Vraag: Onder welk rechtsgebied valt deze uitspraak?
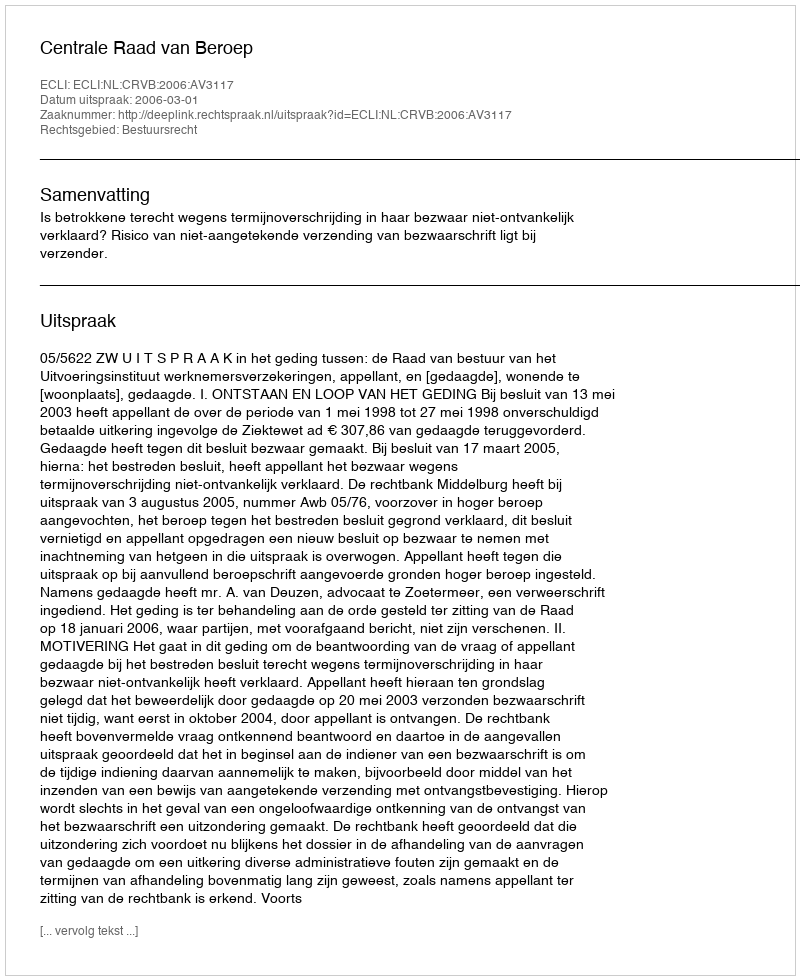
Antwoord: Bestuursrecht